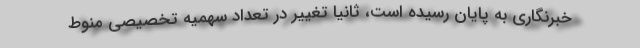
خبرنگاری به پایان رسیده است، ثانیا تغییر در تعداد سهمیه تخصیصی منوط